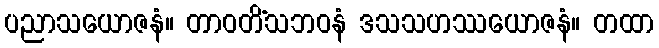
ပညာသယောဇနံ။ တာဝတိံသဘဝနံ ဒသသဟဿယောဇနံ။ တထာ